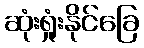
ဆုံးရှုံးနိုင်ခြေ